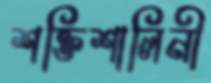
শক্তিশালিনী